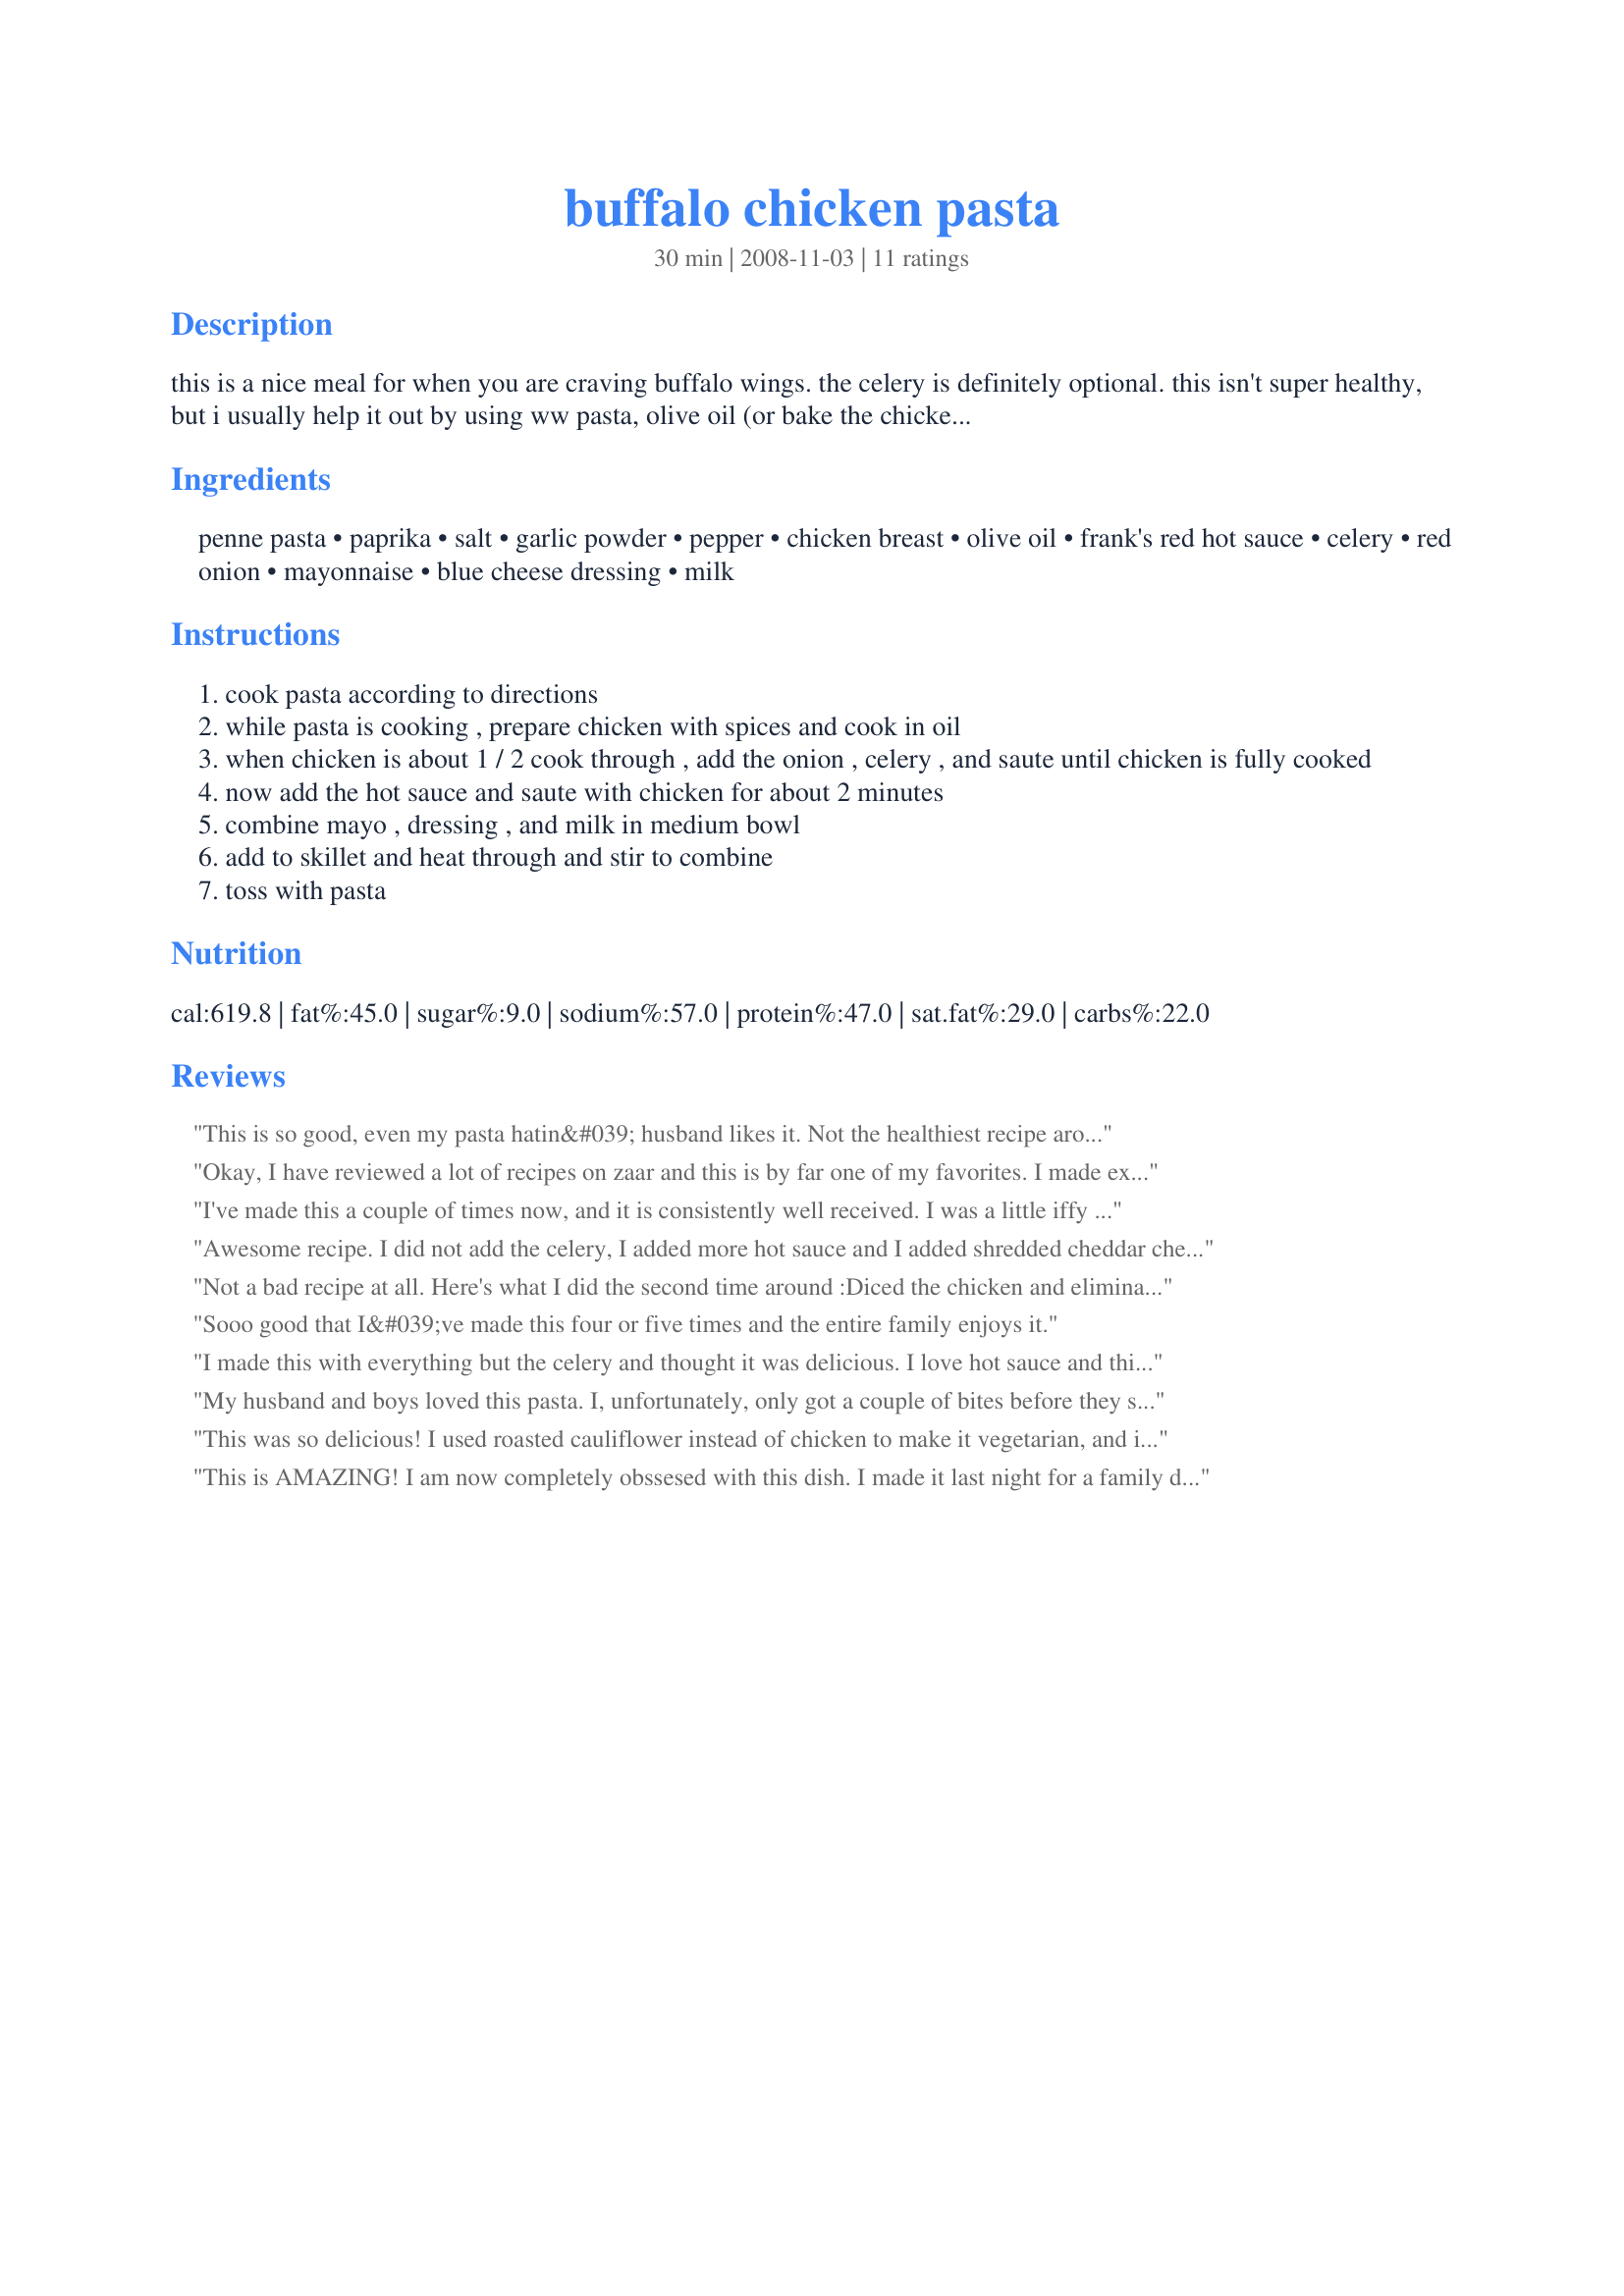
buffalo chicken pasta
Preparation time: 30 minutes

this is a nice meal for when you are craving buffalo wings. the celery is definitely optional. this isn't super healthy, but i usually help it out by using ww pasta, olive oil (or bake the chicken), olive oil mayo, and skim milk. also feel free to sub ranch dressing for the blue cheese. definitely serve it with a big salad!

Ingredients:
penne pasta, paprika, salt, garlic powder, pepper, chicken breast, olive oil, frank's red hot sauce, celery, red onion, mayonnaise, blue cheese dressing, milk

Steps:
cook pasta according to directions
while pasta is cooking , prepare chicken with spices and cook in oil
when chicken is about 1 / 2 cook through , add the onion , celery , and saute until chicken is fully cooked
now add the hot sauce and saute with chicken for about 2 minutes
combine mayo , dressing , and milk in medium bowl
add to skillet and heat through and stir to combine
toss with pasta

Reviews:
This is so good, even my pasta hatin&#039; husband likes it. Not the healthiest recipe around, but sometimes you gotta just indulge. Made exactly as directed, however, my opinion, celery is not optional....it adds a little something, don&#039;t over cook it though, the slight crunch is great!
Okay, I have reviewed a lot of recipes on zaar and this is by far one of my favorites. I made exactly as stated except used leftover turkey instead of chicken. We used light rangh, light mayo. I did add bit mroe frank's sauce than stated (by accident). Satisfied our craving for wings for sure. THanks.
I've made this a couple of times now, and it is consistently well received. I was a little iffy about it at first, since I am the only one who likes bleau cheese, but everyone in the family still liked it each time it was made. Personally, I never met a cheese I didn't like, so I was very happy with this.
Awesome recipe. I did not add the celery, I added more hot sauce and I added shredded cheddar cheese on top.
Not a bad recipe at all. Here's what I did the second time around :<br/>Diced the chicken and eliminated the salt (you'll see why in a sec), added two cloves of fresh minced garlic when I added the onion and celery to the pan instead of using the garlic powder. Now, I skipped the whole dressing, milk, and mayo thing. Try 8 oz. of heavy cream and 1/4 cup of parmesan (here's where you'll get the salt flavor) and let it thicken. When you're ready to serve, sprinkle with fresh bleu cheese crumbles and some sliced scallions on top.
Sooo good that I&#039;ve made this four or five times and the entire family enjoys it.
I made this with everything but the celery and thought it was delicious. I love hot sauce and this hits the spot for sure! Creamy, spicy and great with some garlic bread!!
My husband and boys loved this pasta. I, unfortunately, only got a couple of bites before they scarfed it up. This was very quick to make and will be a great recipe to keep in mind when time is short. I used light mayo to decrease the fat a little, and I don't think the flavor was compromised at all (and I am not a huge fan of anything "light"). Thanks for posting Briangmu!
This was so delicious! I used roasted cauliflower instead of chicken to make it vegetarian, and it was so yummy!
This is AMAZING! I am now completely obssesed with this dish. I made it last night for a family dinner and it was a HUGE success. Everyone loved it. I left out the celery & onions (picky kids) and replaced the blue cheese dressing with Ranch. But it was delicious! Will definitely be adding into the dinner rotation! Thanks a ton!
A family favorite when you are craving something Buffalo. We use frozen pre cooked chicken to make this a speedy meal for when you don't have the time to cook.
